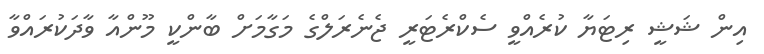
އިން ޝަޝީ ރިޓަޔާ ކުރެއްވީ ސެކްރެޓަރީ ޖެނެރަލްގެ މަގާމަށް ބާންކީ މޫންއާ ވާދަކުރައްވާ